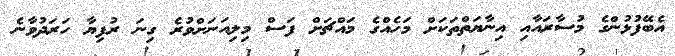
އެބޭފުޅުންގެ މުސާރައާއި އިނާޔަތްތަކަށް މަހެއްގެ މައްޗަށް ފަސް މިލިއަނަށްވުރެ ގިނަ ރުފިޔާ ހަރަދުވާނެ